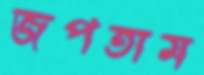
জপতাম